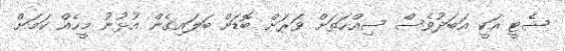
ޝެޓީ އަކީ އަބަދުވެސް ސިއްހަތަށް ވަރަށް ބޮޑަށް ބަލައިގެން އުޅުނު މީހެއް ކަމަށް